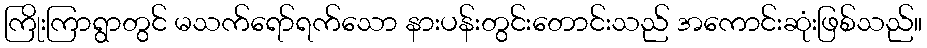
ကြိုးကြာရွာတွင် မသက်ရော်ရက်သော နားပန်းတွင်းတောင်းသည် အကောင်းဆုံးဖြစ်သည်။